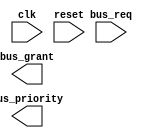
module AHB_bus_controller (
  input wire clk,
  input wire reset,
  input wire [3:0] bus_req,
  output reg [3:0] bus_grant,
  output reg [3:0] bus_priority
);

// Timing control logic for clock signal generation
always@(posedge clk or posedge reset) begin
  if (reset) begin
    // Reset logic here
  end else begin
    // Clock signal generation logic here
  end
end

// Synchronization logic for data transfers
always@(posedge clk or posedge reset) begin
  if (reset) begin
    // Reset logic here
  end else begin
    // Data transfer synchronization logic here
  end
end

// Bus arbitration and prioritization logic
always@(posedge clk or posedge reset) begin
  if (reset) begin
    // Reset logic here
  end else begin
    // Bus arbitration and prioritization logic here
  end
end

// Error checking and correction mechanisms
always@(posedge clk or posedge reset) begin
  if (reset) begin
    // Reset logic here
  end else begin
    // Error checking and correction logic here
  end
end

// Ensure proper timing and data integrity
// Communication between devices on AHB bus

endmodule